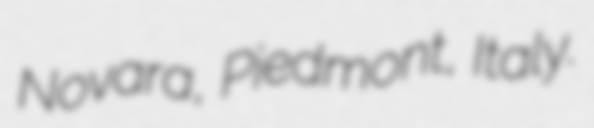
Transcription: Novara, Piedmont, Italy.